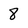
Character: 8